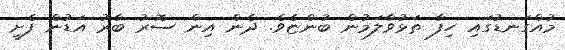
މުއްގަނޑުގައި ހިފާ ތަޅުވާލަމުން ބުންޏެވެ. ދެން އިން ސޮރު ބާރު އަޑުން ފެށީ